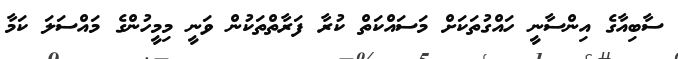
ސާބިއާގެ އިންސާނީ ހައްގުތަކަށް މަސައްކަތް ކުރާ ފަރާތްތަކުން ވަނީ މިމީހުންގެ މައްސަލަ ކަމާ